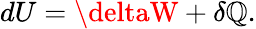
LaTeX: dU=\deltaW+\delta\mathbb{Q}.